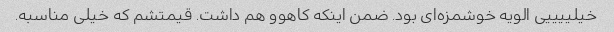
خیلییییی الویه خوشمزه‌ای بود. ضمن اینکه کاهوو هم داشت. قیمتشم که خیلی مناسبه.